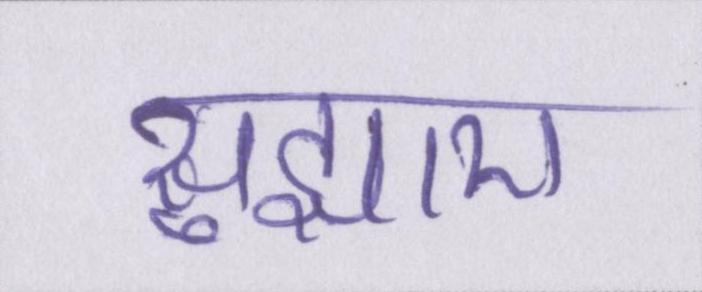
सुझाए